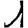
Digit: 1